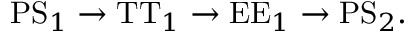
\mathrm { P S } _ { 1 } \rightarrow \mathrm { T T } _ { 1 } \rightarrow \mathrm { E E } _ { 1 } \rightarrow \mathrm { P S } _ { 2 } .